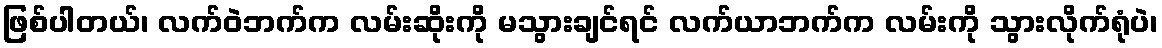
ဖြစ်ပါတယ်၊ လက်ဝဲဘက်က လမ်းဆိုးကို မသွားချင်ရင် လက်ယာဘက်က လမ်းကို သွားလိုက်ရုံပဲ၊